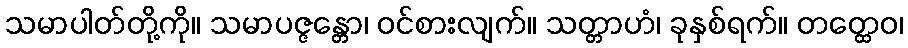
သမာပါတ်တို့ကို။ သမာပဇ္ဇန္တော၊ ဝင်စားလျက်။ သတ္တာဟံ၊ ခုနှစ်ရက်။ တတ္ထေဝ၊